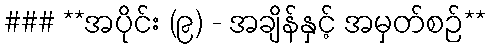
### **အပိုင်း (၉) - အချိန်နှင့် အမှတ်စဉ်**